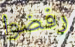
رفضوا